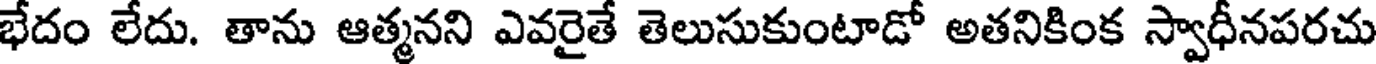
భేదం లేదు. తాను ఆత్మనని ఎవరైతే తెలుసుకుంటాడో అతనికింక స్వాధీనపరచు